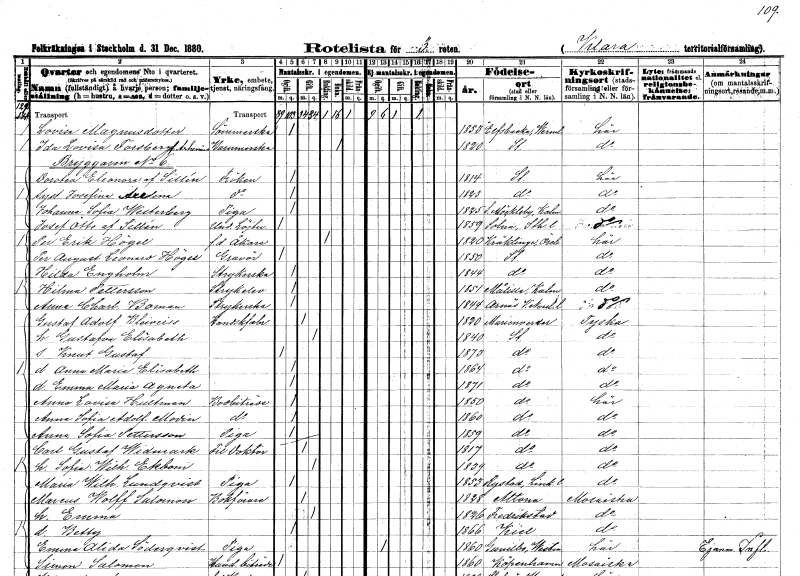
gt_parse: households: individuals: FN: Lovisa
EN: Magnusdotter
YRKE: Sömmerska
KON: K
CIV: O
FODAR: 1853
FODFORS: Älvsbacka Värmlands län
FN: Ida Lovisa
EN: Forsberg Arhenius
YRKE: Barnmorska
KON: K
CIV: E
FODAR: 1820
FODFORS: Stockholm
FN: Dorotea Eleonora
EN: af Sillén
KON: K
CIV: O
FODAR: 1814
FODFORS: Stockholm
FN: Josefina Axelina
KON: K
CIV: O
FODAR: 1823
FODFORS: Stockholm
FN: Johanna Sofia
EN: Westerberg
YRKE: Piga
KON: K
CIV: O
FODAR: 1825
FODFORS: Södra Möckleby Kalmar län
FN: Josef Otto
EN: af Sillén
YRKE: Underlöjtnant
KON: M
CIV: O
FODAR: 1859
FODFORS: Solna Stockholms län
FN: Per Erik
EN: Högel
YRKE: Åkare f.d.
KON: M
CIV: E
FODAR: 1820
FODFORS: Kräcklinge Örebro län
FN: Per August Leonard
EN: Högel
YRKE: Gravör
KON: M
CIV: O
FODAR: 1850
FODFORS: Stockholm
FN: Hilda
EN: Engholm
YRKE: Strykerska
KON: K
CIV: O
FODAR: 1844
FODFORS: Stockholm
FN: Hilma
EN: Pettersson
YRKE: Strykelev
KON: K
CIV: O
FODAR: 1851
FODFORS: Målilla med Gårdveda Kalmar län
FN: Anna Charlotta
EN: Boman
YRKE: Strykerska
KON: K
CIV: O
FODAR: 1844
FODFORS: Arnäs Västernorrlands län
FN: Gustaf Adolf
EN: Bleiveiss
YRKE: Handskfabrikör
KON: M
CIV: G
FODAR: 1820
FN: Gustafva Elisabeth
KON: K
CIV: G
FODAR: 1840
FODFORS: Stockholm
FN: Knut Gustaf
KON: M
CIV: O
FODAR: 1873
FODFORS: Stockholm
FN: Anna Maria Elisabeth
KON: K
CIV: O
FODAR: 1864
FODFORS: Stockholm
FN: Emma Maria Agneta
KON: K
CIV: O
FODAR: 1871
FODFORS: Stockholm
FN: Anna Lovisa
EN: Hultman
YRKE: Bodbiträde
KON: K
CIV: O
FODAR: 1850
FODFORS: Stockholm
FN: Anna Sofia Adolfina
EN: Modin
YRKE: Bodbiträde
KON: K
CIV: O
FODAR: 1860
FODFORS: Stockholm
FN: Anna Sofia
EN: Pettersson
YRKE: Piga
KON: K
CIV: O
FODAR: 1859
FODFORS: Stockholm
FN: Carl Gustaf
EN: Widmark
YRKE: Fil. doktor
KON: M
CIV: G
FODAR: 1817
FODFORS: Stockholm
FN: Sofia Wilhelmina
EN: Ekbom
KON: K
CIV: G
FODAR: 1839
FODFORS: Stockholm
FN: Maria Wilhelmina
EN: Lundqvist
YRKE: Piga
KON: K
CIV: O
FODAR: 1853
FODFORS: Rystad Östergötlands län
FN: Marcus
EN: Wolff Salomon
YRKE: Bokförare
KON: M
CIV: G
FODAR: 1828
FN: Emma
KON: K
CIV: G
FODAR: 1826
FN: Betty
KON: K
CIV: O
FODAR: 1866
FN: Emma Alida
EN: Söderqvist
KON: K
CIV: O
FODAR: 1860
FODFORS: Gunnilbo Västmanlands län
FN: Simon
EN: Salomon
YRKE: Handelsbiträde
KON: M
CIV: O
FODAR: 1860